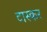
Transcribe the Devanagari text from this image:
टास्कर